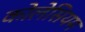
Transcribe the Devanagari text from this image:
कोलेसियम